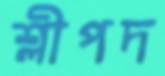
শ্লীপদ